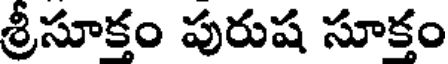
శ్రీసూక్తం పురుష సూక్తం